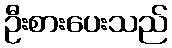
ဦးစားပေးသည်